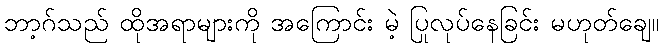
ဘာ့ဂ်သည် ထိုအရာများကို အကြောင်း မဲ့ ပြုလုပ်နေခြင်း မဟုတ်ချေ။